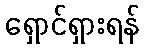
ရှောင်ရှားရန်